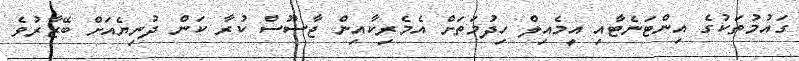
ގައުމުތަކުގެ އިންޓަނެޓާއި އީމެއިލް ހިދުމަތަށް އެމެރިކާއިން ޖާސޫސް ކުރާ ކަން ދުނިޔެއަށް ބޭޒާރުވެ